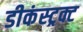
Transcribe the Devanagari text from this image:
डीकंस्ट्रक्ट